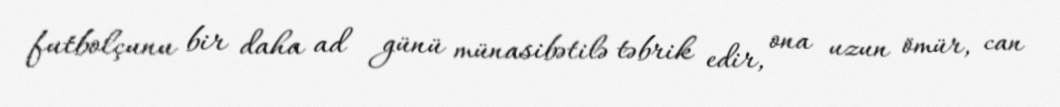
futbolçunu bir daha ad günü münasibətilə təbrik edir, ona uzun ömür, can